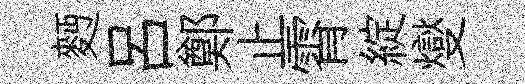
麪呂鄭止霄綻燮